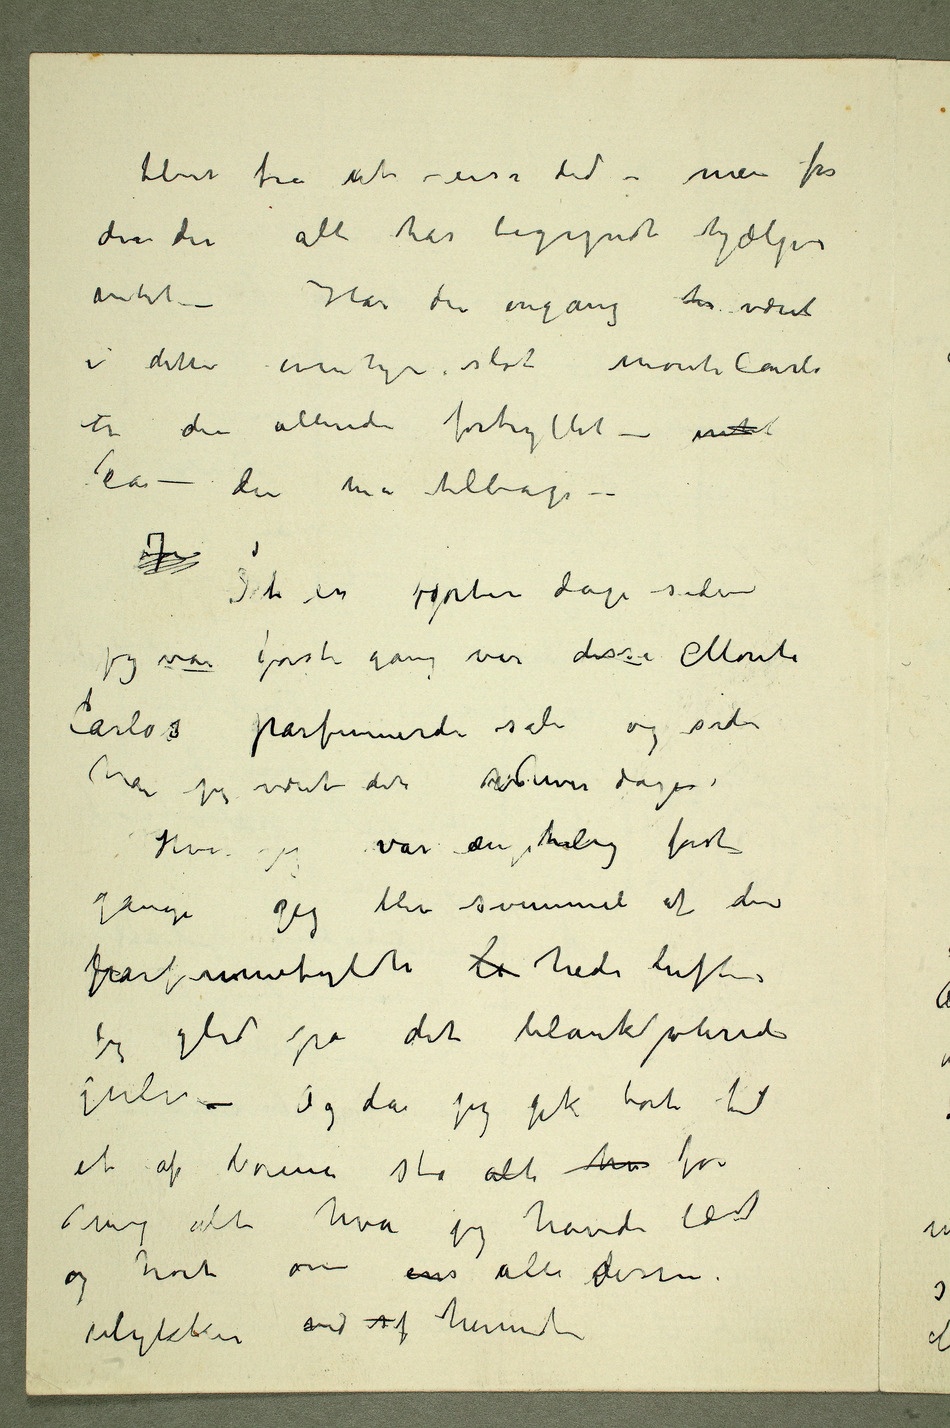
blive fra at reise did – men for
den der alt har begyndt hjælper
intet –Har du engang hv været
i dette eventyr slot Monte Carlo
er du allerede fortryllet – intet
Ja – du må tilbage
Det er fjorten dage siden
jeg var første gang var disse Monte
Carlos parfumerde sale og siden
Hvor jeg var ængstelig første
gangensjeg blev svimmel af den
parfumefyldte l hede luften.
Jeg gled på det blankpolerede
gulv – Og da jeg gik bort til
et af borene sto alt hv for
mig alt hva jeg havde læst
og hørt om ens alle disse
ulykker   hernede